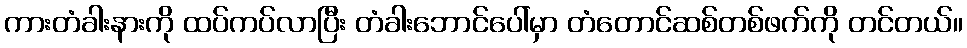
ကားတံခါးနားကို ထပ်ကပ်လာပြီး တံခါးဘောင်ပေါ်မှာ တံတောင်ဆစ်တစ်ဖက်ကို တင်တယ်။